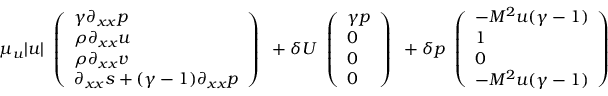
\mu _ { u } | u | \begin{array} { l } { \left( \begin{array} { l } { \gamma \partial _ { x x } p } \\ { \rho \partial _ { x x } u } \\ { \rho \partial _ { x x } v } \\ { \partial _ { x x } s + ( \gamma - 1 ) \partial _ { x x } p } \end{array} \right) } \end{array} + \delta U \begin{array} { l } { \left( \begin{array} { l } { \gamma p } \\ { 0 } \\ { 0 } \\ { 0 } \end{array} \right) } \end{array} + \delta p \begin{array} { l } { \left( \begin{array} { l } { - M ^ { 2 } u ( \gamma - 1 ) } \\ { 1 } \\ { 0 } \\ { - M ^ { 2 } u ( \gamma - 1 ) } \end{array} \right) } \end{array}